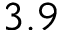
3 . 9